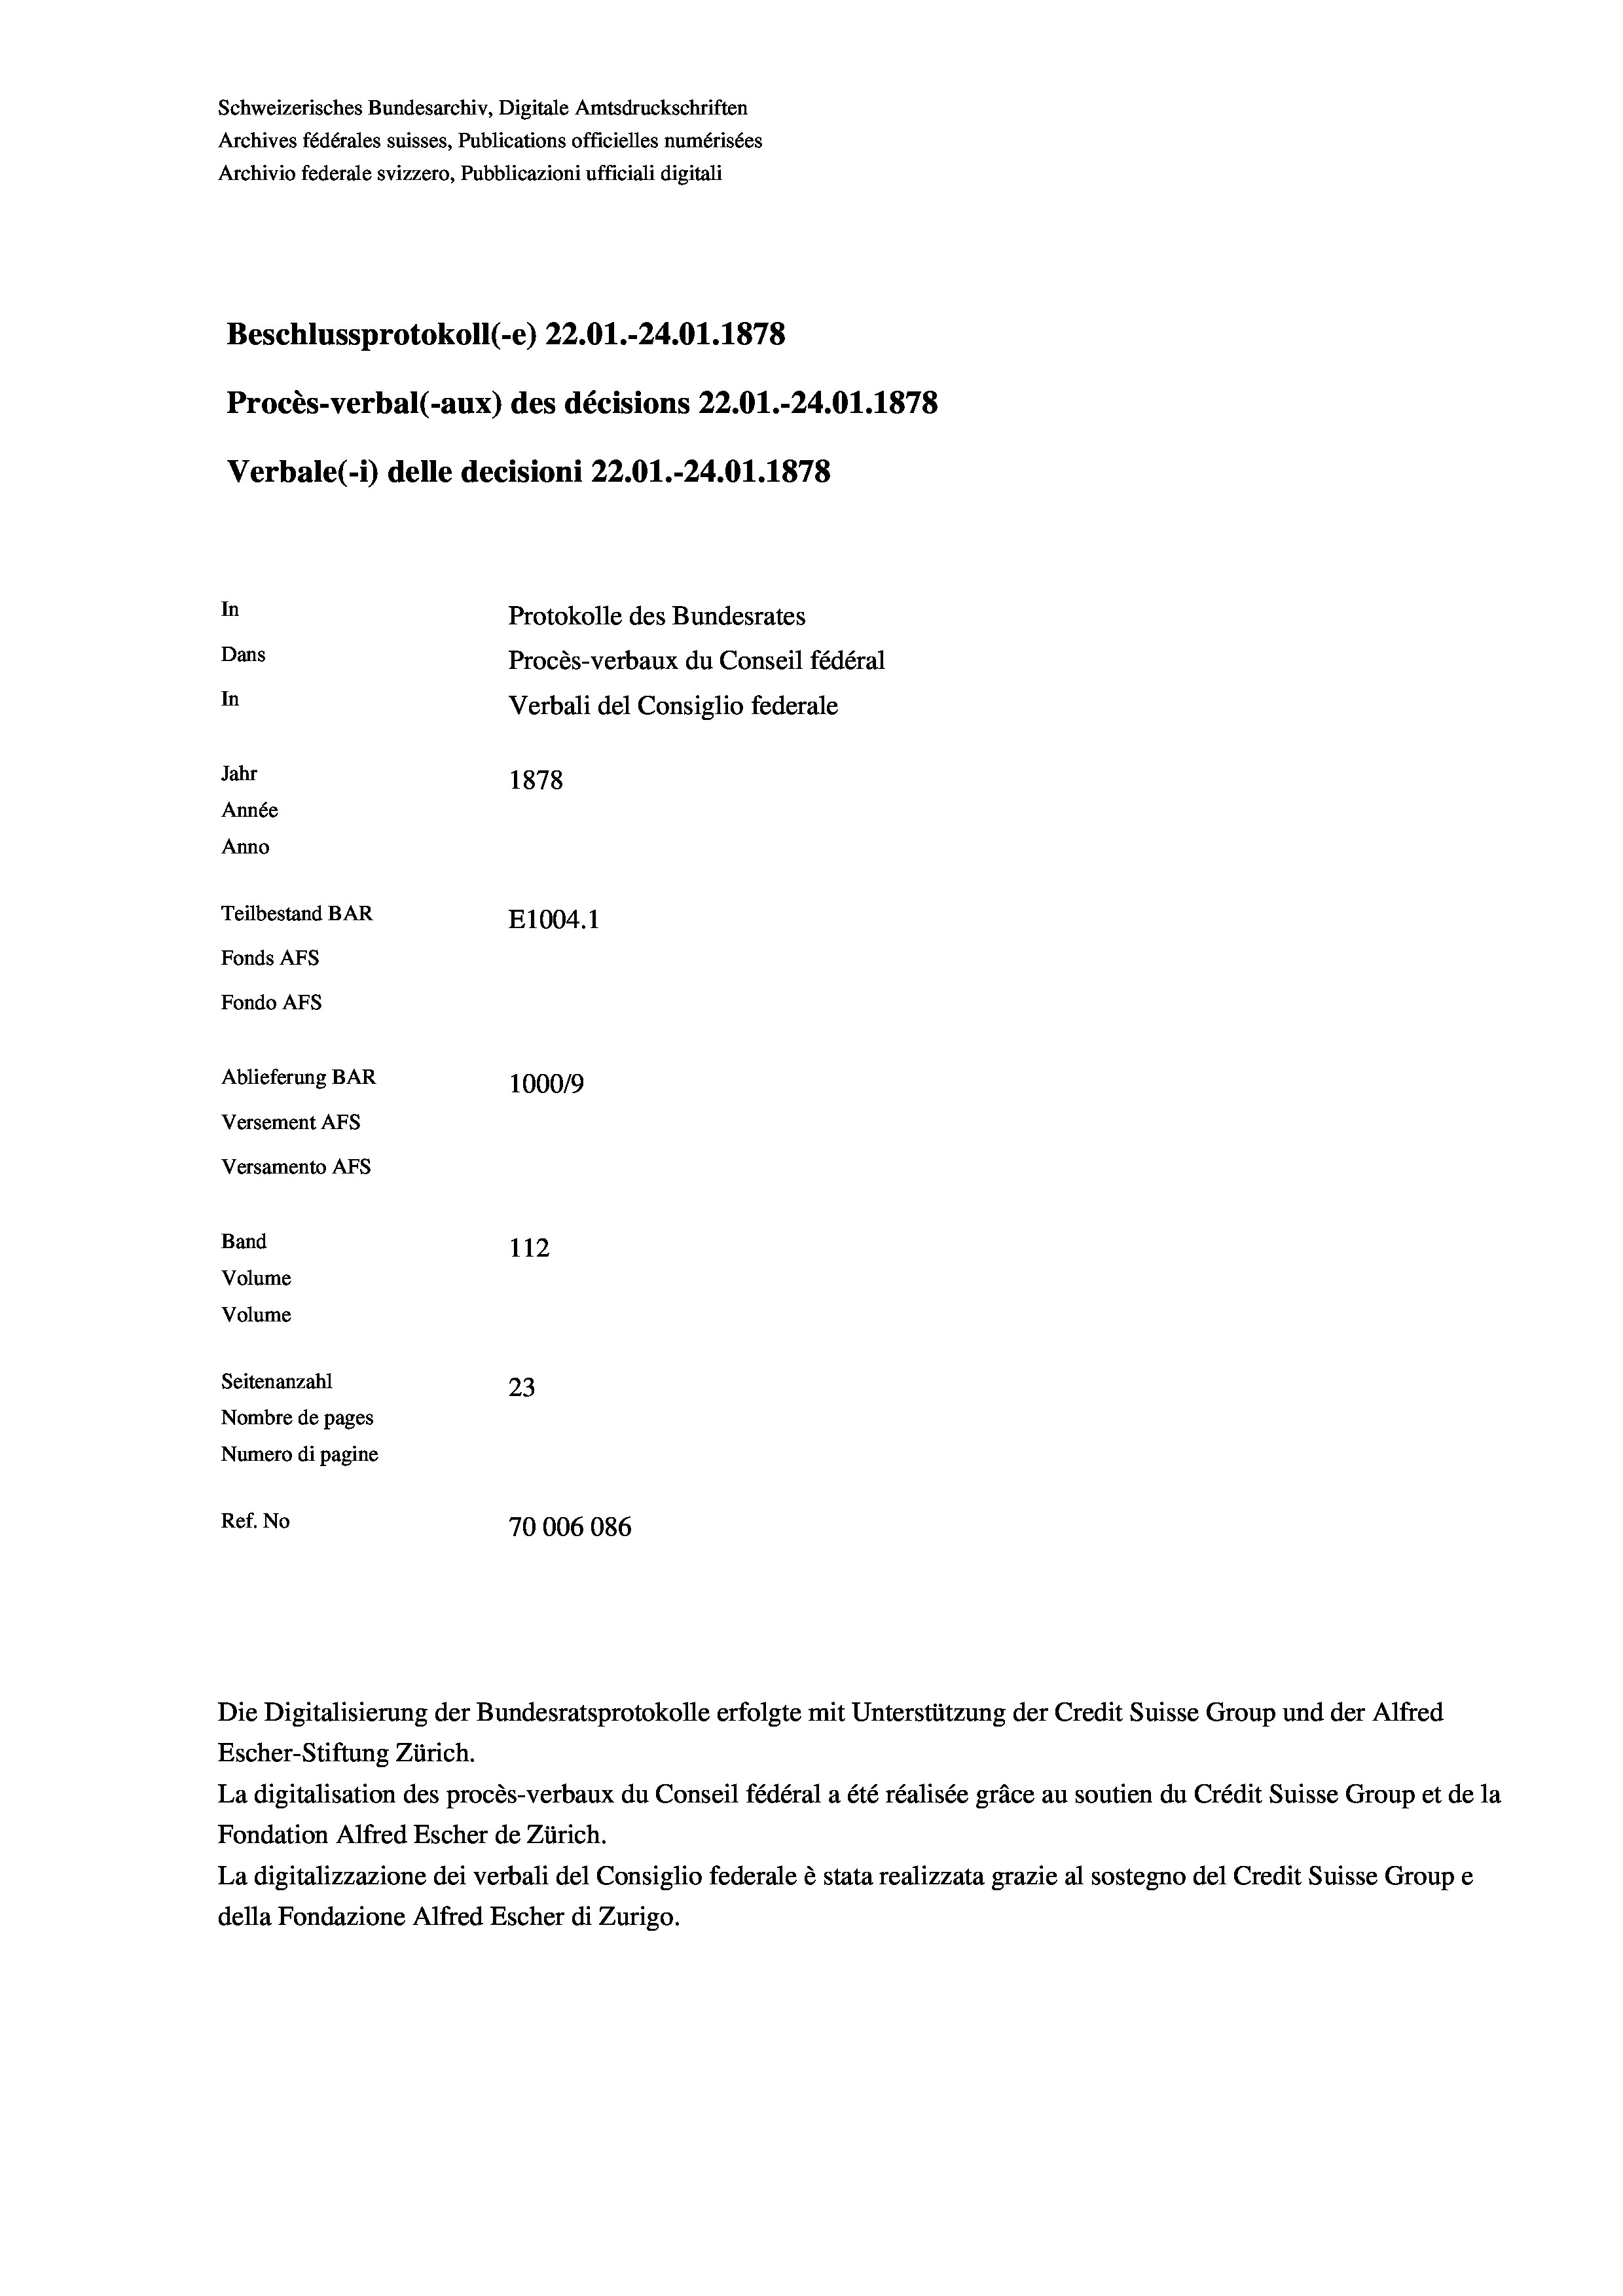
Schweizerisches Bundesarchiv, Digitale Amtsdruckschriften
Archives fédérales suisses, Publications officielles numérisées
Archivio federale svizzero, Pubblicazioni ufficiali digitali
Beschlussprotokoll (-e) 22.01.-24.01. 1878
Procès-verbal (-aux) des décisions 22.01.-24.01. 1878
Verbale(-*) delle decisioni 22.01.-24.01. 1878
In
Protokolle des Bundesrates
Dans
Procès-verbaux du Conseil fédéral
In
Verbali del Consiglio federale
Jahr
1878
Année
Anno
Teilbestand BAR
E1004. 1
Fonds AFs
Fondo Afs
Ablieferung BAR
100019
Versement AFs
Versamento AFs
Band
112
Volume
Volume
Seitenanzahl
23
Nombre de pages
Numero di pagine
Ref. No
70006086

Escher-Stiftung Zürich.
La digitalisation des procès-verbaux du Conseil fédéral a été réalisée gräce au soutien du Crédit Suisse Group et de la
Fondation Alfred Escher de Zürich.
La digitalizzazione dei verbali del Consiglio federale è stata realizzata grazie al sostegno del Credit Suisse Groupe
della Fondazione Alfred Escher di Zurigo.

Die Digitalisierung der Bundesratsprotokolle erfolgte mit Unterstützung der Credit Suisse Group und der Alfred